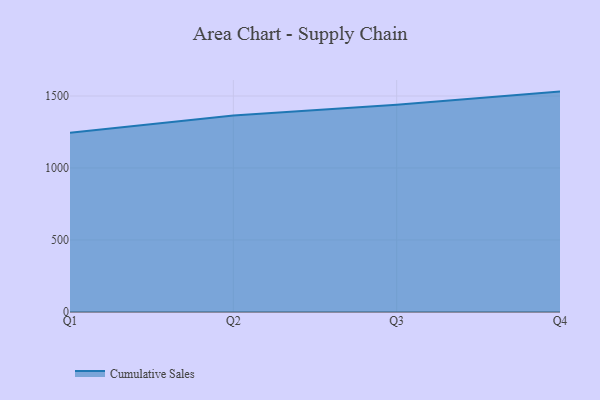
{"axis": {"x": "Quarter", "y": "LTV (USD)"}, "legend": ["Cumulative Sales"], "data": [{"x": "Q1", "y": 1245.2, "type": "Cumulative Sales"}, {"x": "Q2", "y": 1365.3, "type": "Cumulative Sales"}, {"x": "Q3", "y": 1439.5, "type": "Cumulative Sales"}, {"x": "Q4", "y": 1530.7, "type": "Cumulative Sales"}]}